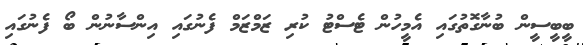
ބީބީސީން ބުނާގޮތުގައި އެމީހުން ޓެސްޓު ކުރި ޒަމްޒަމް ފެނުގައި އިންސާނުން ބޯ ފެނުގައި